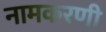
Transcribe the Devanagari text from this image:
नामकरणी